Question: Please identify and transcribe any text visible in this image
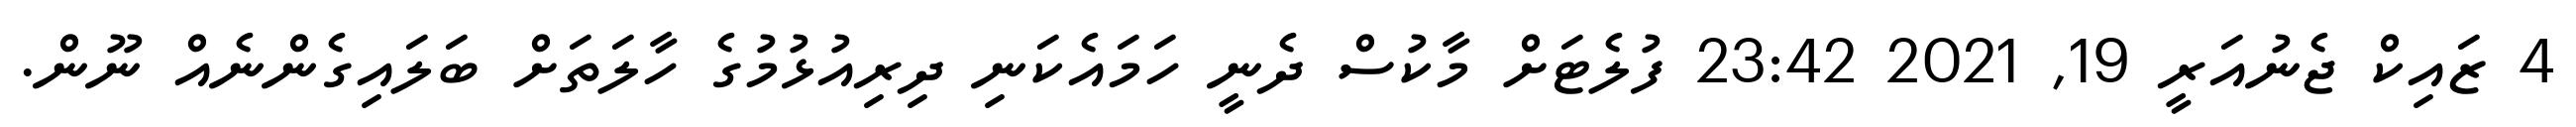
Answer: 4 ޒައިކް ޖެނުއަރީ 19, 2021 23:42 ފުލެޓަށް މާކުސް ދެނީ ހަމައެކަނި ދިރިއުޅުމުގެ ހާލަތަށް ބަލައިގެންނެއް ނޫން.